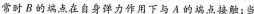
常时B的端点在自身弹力作用下与A的端点接触；当